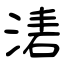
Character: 湱